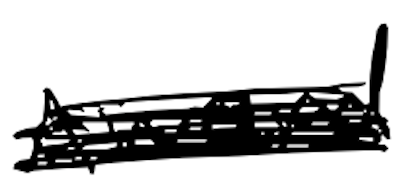
Text: Award.
Cross-out: scratch
Writing tool: digital_black